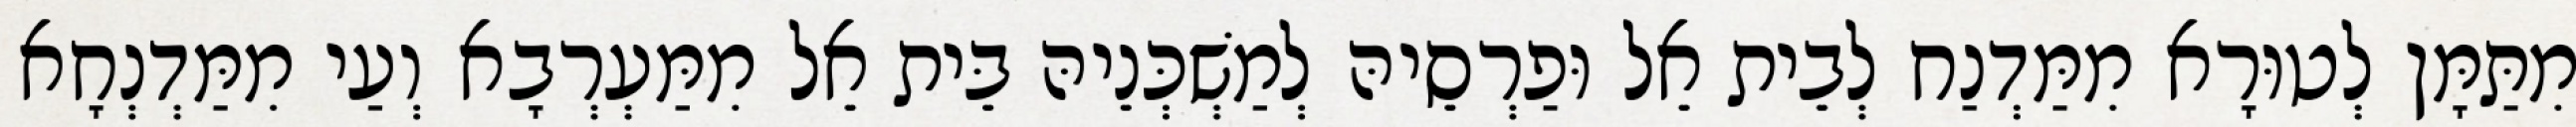
מִתַּמָּן לְטוּרָא מִמַּדְנַח לְבֵית אֵל וּפַרְסֵיהּ לְמַשְׁכְּנֵיהּ בֵּית אֵל מִמַּעְרְבָא וְעַי מִמַּדְנְחָא